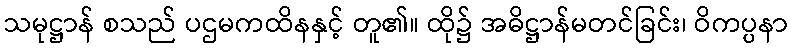
သမုဋ္ဌာန် စသည် ပဌမကထိနနှင့် တူ၏။ ထို၌ အဓိဋ္ဌာန်မတင်ခြင်း၊ ဝိကပ္ပနာ